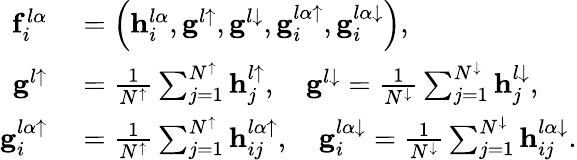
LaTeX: \begin{array}{rl}{\mathbf{f}_{i}^{l\alpha}}&{{}=\left(\mathbf{h}_{i}^{l\alpha},\mathbf{g}^{l\uparrow},\mathbf{g}^{l\downarrow},\mathbf{g}_{i}^{l\alpha\uparrow},\mathbf{g}_{i}^{l\alpha\downarrow}\right),}\\ {\mathbf{g}^{l\uparrow}}&{{}=\frac{1}{N^{\uparrow}}\sum_{j=1}^{N^{\uparrow}}\mathbf{h}_{j}^{l\uparrow},\quad\mathbf{g}^{l\downarrow}=\frac{1}{N^{\downarrow}}\sum_{j=1}^{N^{\downarrow}}\mathbf{h}_{j}^{l\downarrow},}\\ {\mathbf{g}_{i}^{l\alpha\uparrow}}&{{}=\frac{1}{N^{\uparrow}}\sum_{j=1}^{N^{\uparrow}}\mathbf{h}_{ij}^{l\alpha\uparrow},\quad\mathbf{g}_{i}^{l\alpha\downarrow}=\frac{1}{N^{\downarrow}}\sum_{j=1}^{N^{\downarrow}}\mathbf{h}_{ij}^{l\alpha\downarrow}.}\end{array}